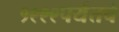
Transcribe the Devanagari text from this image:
१९९९पर्यंतचे